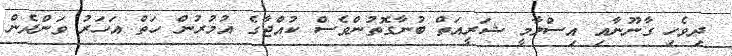
ދިވެހި ގާނޫނާއި އިސްލާމީ ޝަރީއަތް ބުނާގޮތުންވެސް ކުއްޖާގެ އުމުރުން ހަތް އަހަރު ވަންދެން